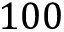
1 0 0